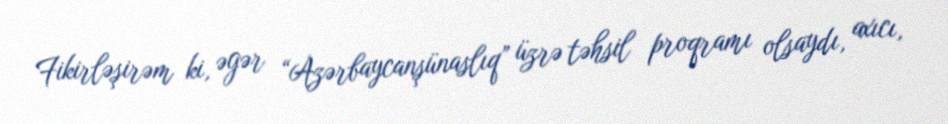
Fikirləşirəm ki, əgər “Azərbaycanşünaslıq” üzrə təhsil proqramı olsaydı, axıcı,